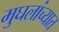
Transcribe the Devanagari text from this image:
मुघलांच्यात